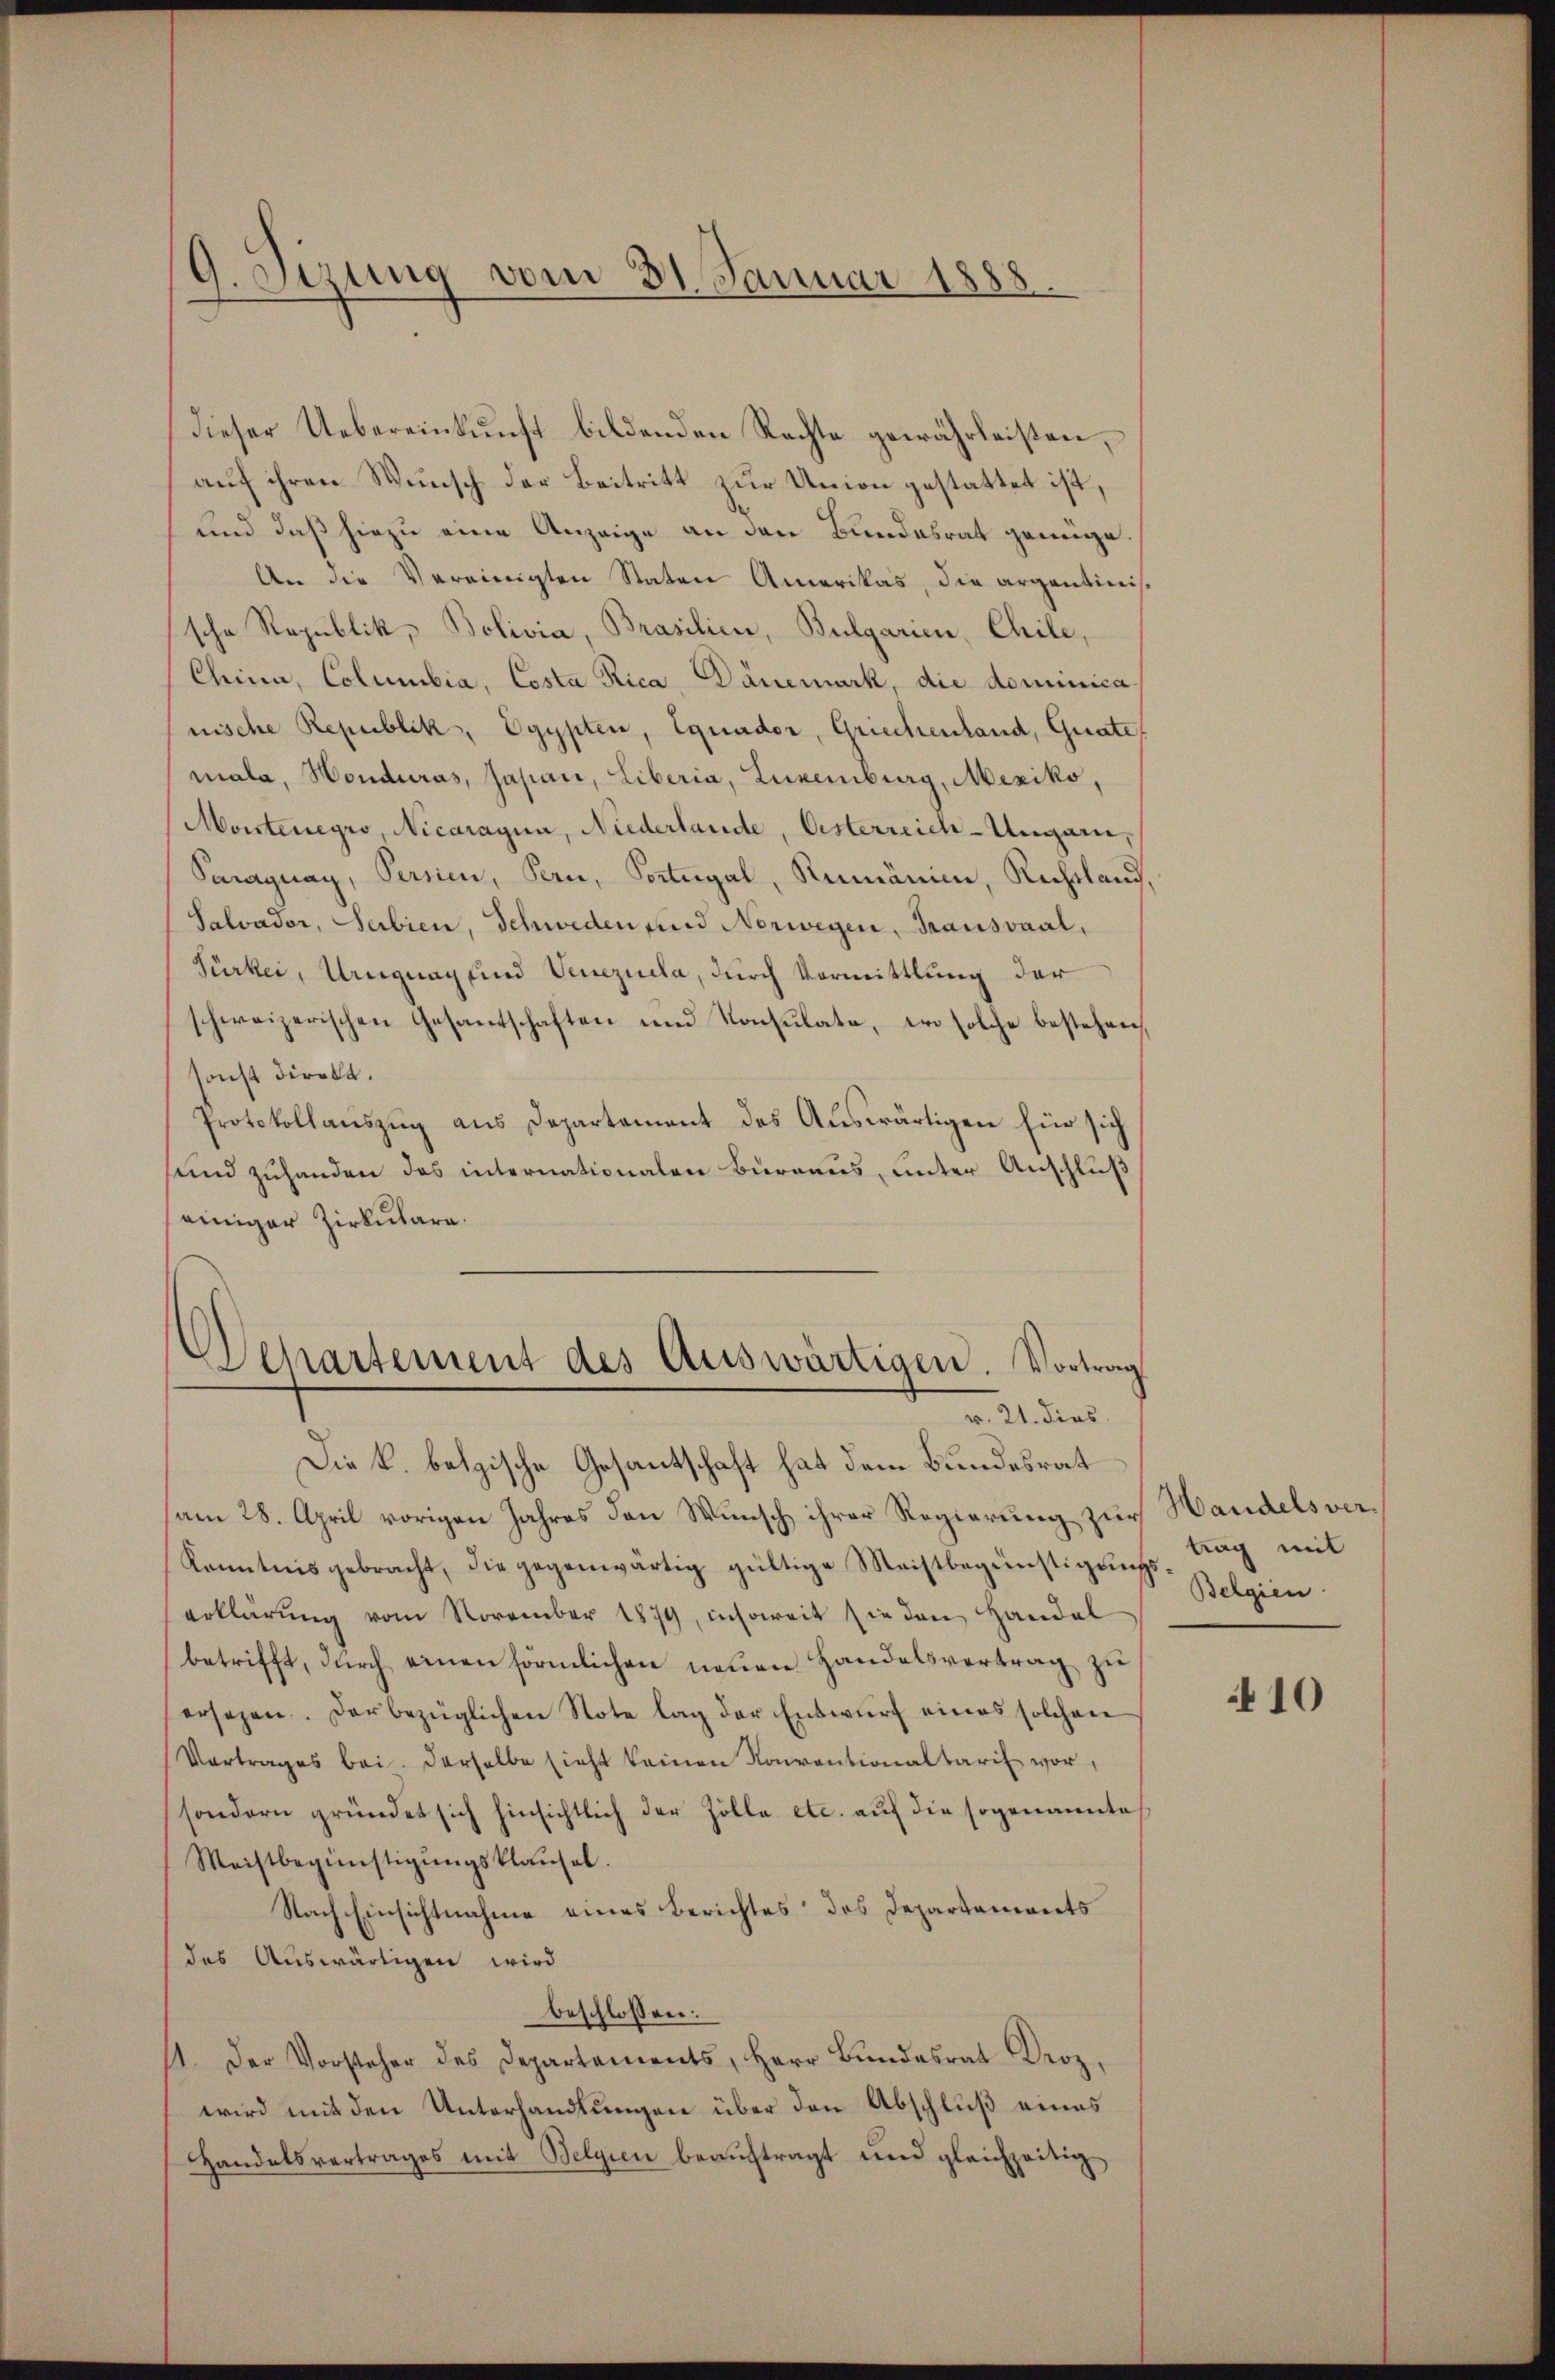
G. Sizung vom 31. Januar 1888.

dieser Uebereinkunft bildenden Rechte gewährleisten,
auf ihren Wunsch der Beitritt zur Union gestattet ist,
und daß hiezu eine Anzeige an den Bundesrat genüge
An die Vereinigten Staten Amerikas, die argentinissche Republik, Bolivia, Brasilien, Bulgarien, Chile,
China, Columbia, Costa Rica, Dänemark, die dominica,
nische Republik, Egypten, Equader, Griechenland, Grate
mala, Honduras, Japan, Liberia, Luxenburg, Mexiko,
Montenegro, Nicaragua, Niederlande, Osterreich-Ungarn,
Samagnay, Persien, Pern, Portugal, Rumänie, Rechtland,
Salvador, Serbien, Schweden und Norwegen, Trausvaal,
Türkei, Uruguag und Venezuela, durch Vormittlung der
schweizerischen Gesandschaften und Konsulate, wo solche bestehen,
sonst direkt.
Protokollauszug aus Departement des Auswärtigen für sich
sund zuhanden das internationalen Burgaus, unter Anschluß
einiger Zirkulara.
Departement des Auswärtigen. Vortrag
v. 21. dies
Die k. batzische Gesantschaft hat dem Bundesrat
am 28. April vorigen Jahres den Wunsch ihrer Regierung zur Handelsver¬
Kenntnis gebracht, die gegenwärtig gültige Meistbegünstigungs-Tag mit
erklärŭng vom November 1879, insoweit sie den Handel
betrifft, durch einen förmlichen neuen Handelsvertrag zu
ersehen. Der bezüglichen Note lag der Entwŭrf eines solchen
Vertrages bei. Derselbe sieht keinen Konventionaltaris vor,
sondern gründet sich hinsichtlich der Zolle etc. auf die sogenannte
Meistbegünstigŭngsklausel.
Nach Einsichtnahme eines Berichtes des Departements
des Auswärtigen wird
beschlossen:
11. Der Vorsteher des Departements, Herr Bŭndesrat Droz.
wird mit den Unterhandlungen über den Abschluß eines
Handelsvertrages mit Belgien beauftragt und gleichzeitig

Belgien

410